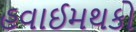
હવાઈમથકો